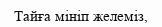
Тайға мiнiп желемiз,